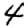
Digit: 4